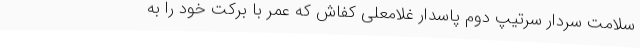
سلامت سردار سرتیپ دوم پاسدار غلامعلی کفاش که عمر با برکت خود را به